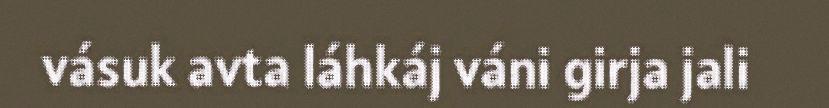
vásuk avta láhkáj váni girja jali